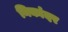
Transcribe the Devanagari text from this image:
निकांदर